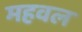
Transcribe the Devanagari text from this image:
महवल